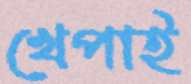
খেপাই